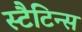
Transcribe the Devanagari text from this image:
स्टैटिन्स